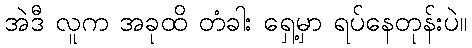
အဲဒီ လူက အခုထိ တံခါး ရှေ့မှာ ရပ်နေတုန်းပဲ။